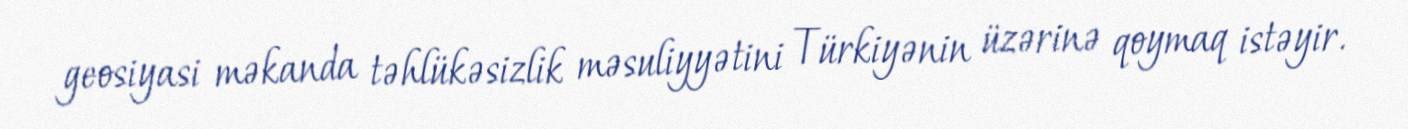
geosiyasi məkanda təhlükəsizlik məsuliyyətini Türkiyənin üzərinə qoymaq istəyir.